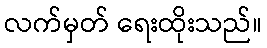
လက်မှတ် ရေးထိုးသည်။